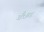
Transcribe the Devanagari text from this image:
टॅँकर